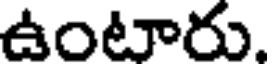
ఉంటారు.